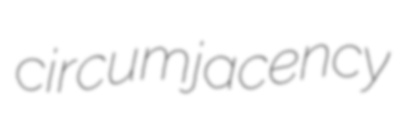
circumjacency